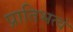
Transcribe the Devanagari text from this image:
प्रातिभत्वं